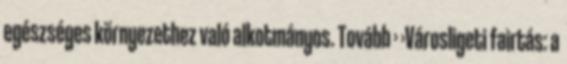
egészséges környezethez való alkotmányos. Tovább › ›Városligeti fairtás: a